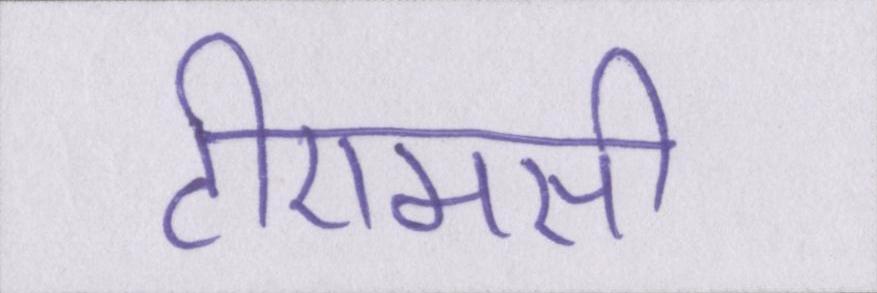
टीएमसी